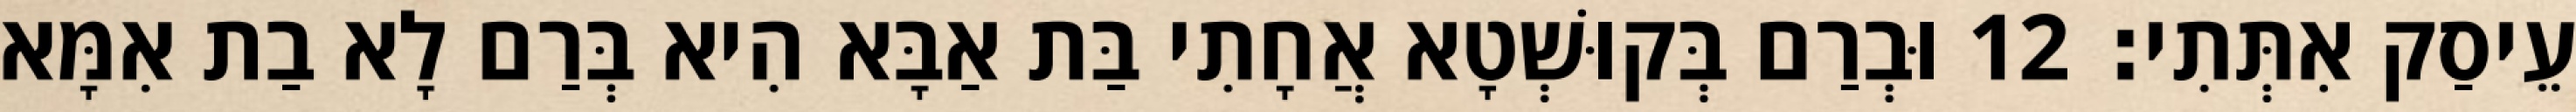
עֵיסַק אִתְּתִי׃ 12 וּבְרַם בְּקוּשְׁטָא אֲחָתִי בַּת אַבָּא הִיא בְּרַם לָא בַת אִמָּא